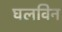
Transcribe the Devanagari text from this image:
घलविन